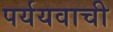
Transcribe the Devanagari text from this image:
पर्ययवाची